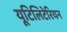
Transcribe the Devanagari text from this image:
यूटिलिटेरियन